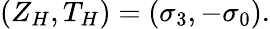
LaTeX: (Z_{H},T_{H})=(\sigma_{3},-\sigma_{0}).